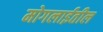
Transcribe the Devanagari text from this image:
मोगलाईतील